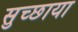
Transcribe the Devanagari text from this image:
सुच्छाया